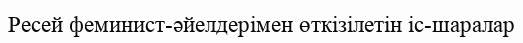
Ресей феминист-әйелдерімен өткізілетін іс-шаралар